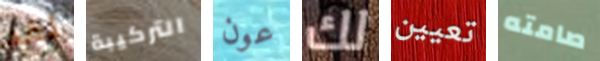
لقد التركيبة عون لك تعيين صامته